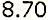
8.70